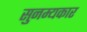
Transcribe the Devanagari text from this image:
सुनम्यकार